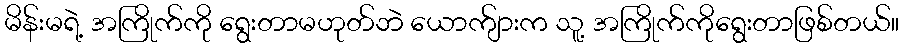
မိန်းမရဲ့ အကြိုက်ကို ရွေးတာမဟုတ်ဘဲ ယောက်ျားက သူ့ အကြိုက်ကိုရွေးတာဖြစ်တယ်။